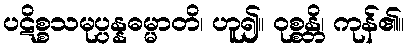
ပဋိစ္စသမုပ္ပန္နဓမ္မာတိ၊ ဟူ၍။ ဝုစ္စန္တိ၊ ကုန်၏။